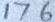
1 7 6